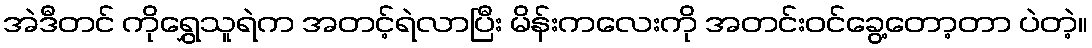
အဲဒီတင် ကိုရွှေသူရဲက အတင့်ရဲလာပြီး မိန်းကလေးကို အတင်းဝင်ခွေ့တော့တာ ပဲတဲ့။